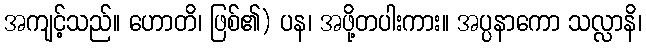
အကျင့်သည်။ ဟောတိ၊ ဖြစ်၏) ပန၊ အဖို့တပါးကား။ အပ္ပနာကော သလ္လာနိ၊